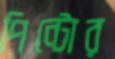
পিন্টোর